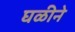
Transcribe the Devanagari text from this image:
घळीने